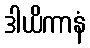
ဒါယိကာနံ